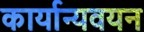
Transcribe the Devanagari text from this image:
कार्यान्यवयन